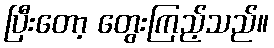
ပြီးတော့ တွေးကြည့်သည်။